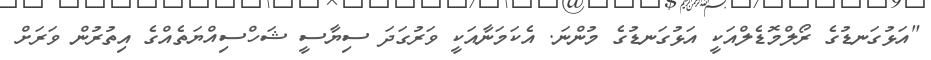
"އަޅުގަނޑުގެ ރޯލްމޮޑެލްއަކީ އަޅުގަނޑުގެ މުންނަ. އެކަމަނާއަކީ ވަރުގަދަ ސިޔާސީ ޝަހްސިއްޔަތެއްގެ އިތުރުން ވަރަށް